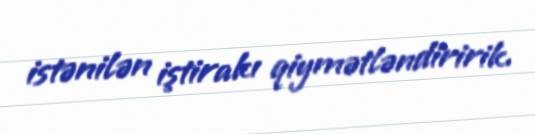
istənilən iştirakı qiymətləndiririk.